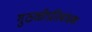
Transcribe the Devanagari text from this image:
गुठळीप्रतिबंधक